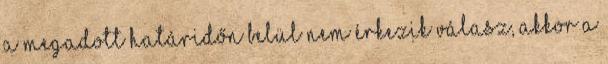
a megadott határidőn belül nem érkezik válasz, akkor a